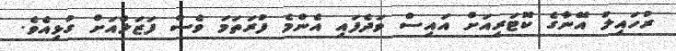
ރުހައިލު އޭނާގެ ކޮޓަރިއަށް އައިސް ވަދެފައި އެންމެ ފުރަތަމަ ވެސް ފަޒަލްއަށް ގުޅިއެވެ.